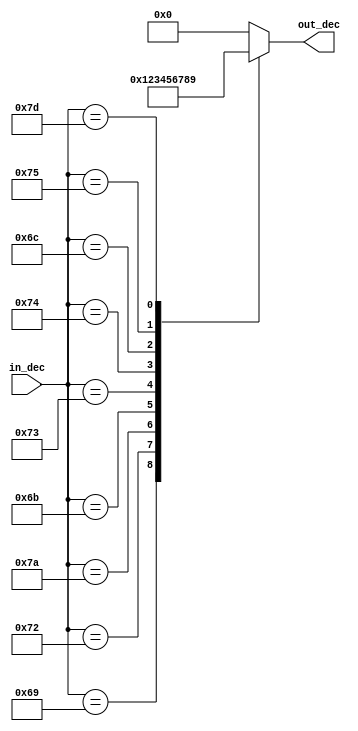
`timescale 1ns / 1ps
//////////////////////////////////////////////////////////////////////////////////
// Company: 
// Engineer: 
// 
// Design Name: 
// Module Name: bcd_dec
// Project Name: 
// Target Devices: 
// Tool Versions: 
// Description: 
// 
// Dependencies: 
// 
// Revision:
// Revision 0.01 - File Created
// Additional Comments:
// 
//////////////////////////////////////////////////////////////////////////////////

`define digit_0 4'b0000
`define digit_1 4'b0001
`define digit_2 4'b0010
`define digit_3 4'b0011
`define digit_4 4'b0100
`define digit_5 4'b0101
`define digit_6 4'b0110
`define digit_7 4'b0111
`define digit_8 4'b1000
`define digit_9 4'b1001

module bcd_dec(in_dec, out_dec);
input [8:0] in_dec;
output [3:0] out_dec;
reg [3:0] out_dec;

always @*
begin
    out_dec = 0;
    case(in_dec)
        9'h070: out_dec = `digit_0;
        9'h069: out_dec = `digit_1; 
        9'h072: out_dec = `digit_2; 
        9'h07A: out_dec = `digit_3; 
        9'h06B: out_dec = `digit_4; 
        9'h073: out_dec = `digit_5; 
        9'h074: out_dec = `digit_6; 
        9'h06C: out_dec = `digit_7; 
        9'h075: out_dec = `digit_8; 
        9'h07D: out_dec = `digit_9; 
    endcase
end 
  
endmodule